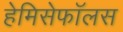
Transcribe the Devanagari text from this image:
हेमिसेफॉलस